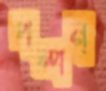
পন্পন্